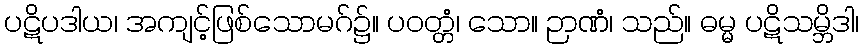
ပဋိပဒါယ၊ အကျင့်ဖြစ်သောမဂ်၌။ ပဝတ္တံ၊ သော။ ဉာဏံ၊ သည်။ ဓမ္မ ပဋိသမ္ဘိဒါ၊